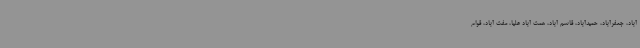
آباد، جعفرآباد، حمیدآباد، قاسم آباد، همت آباد علیا، مفت آباد، قوام